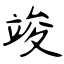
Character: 竣